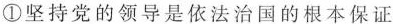
①坚持党的领导是依法治国的根本保证